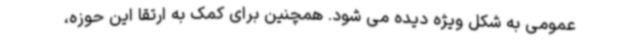
عمومی به شکل ویژه دیده می شود. همچنین برای کمک به ارتقا این حوزه،